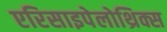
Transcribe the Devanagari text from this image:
एरिसाइपेलोथ्रिक्स